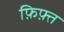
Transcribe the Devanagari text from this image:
फ़िफ़्त